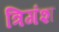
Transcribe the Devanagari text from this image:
त्रिगंश